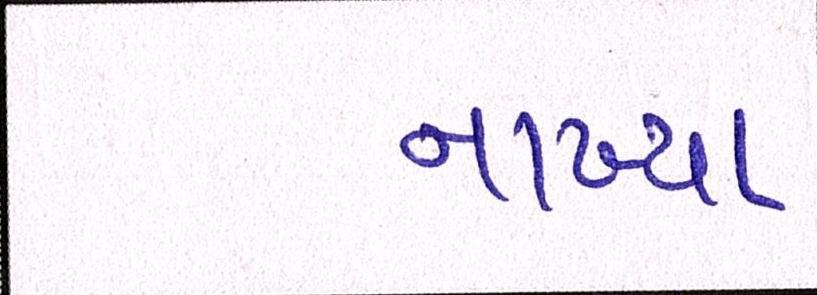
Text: નાખ્યા